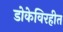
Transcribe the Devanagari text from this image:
डोकेविरहीत